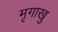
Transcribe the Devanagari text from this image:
मृगाखु